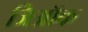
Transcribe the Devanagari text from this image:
जिऑक